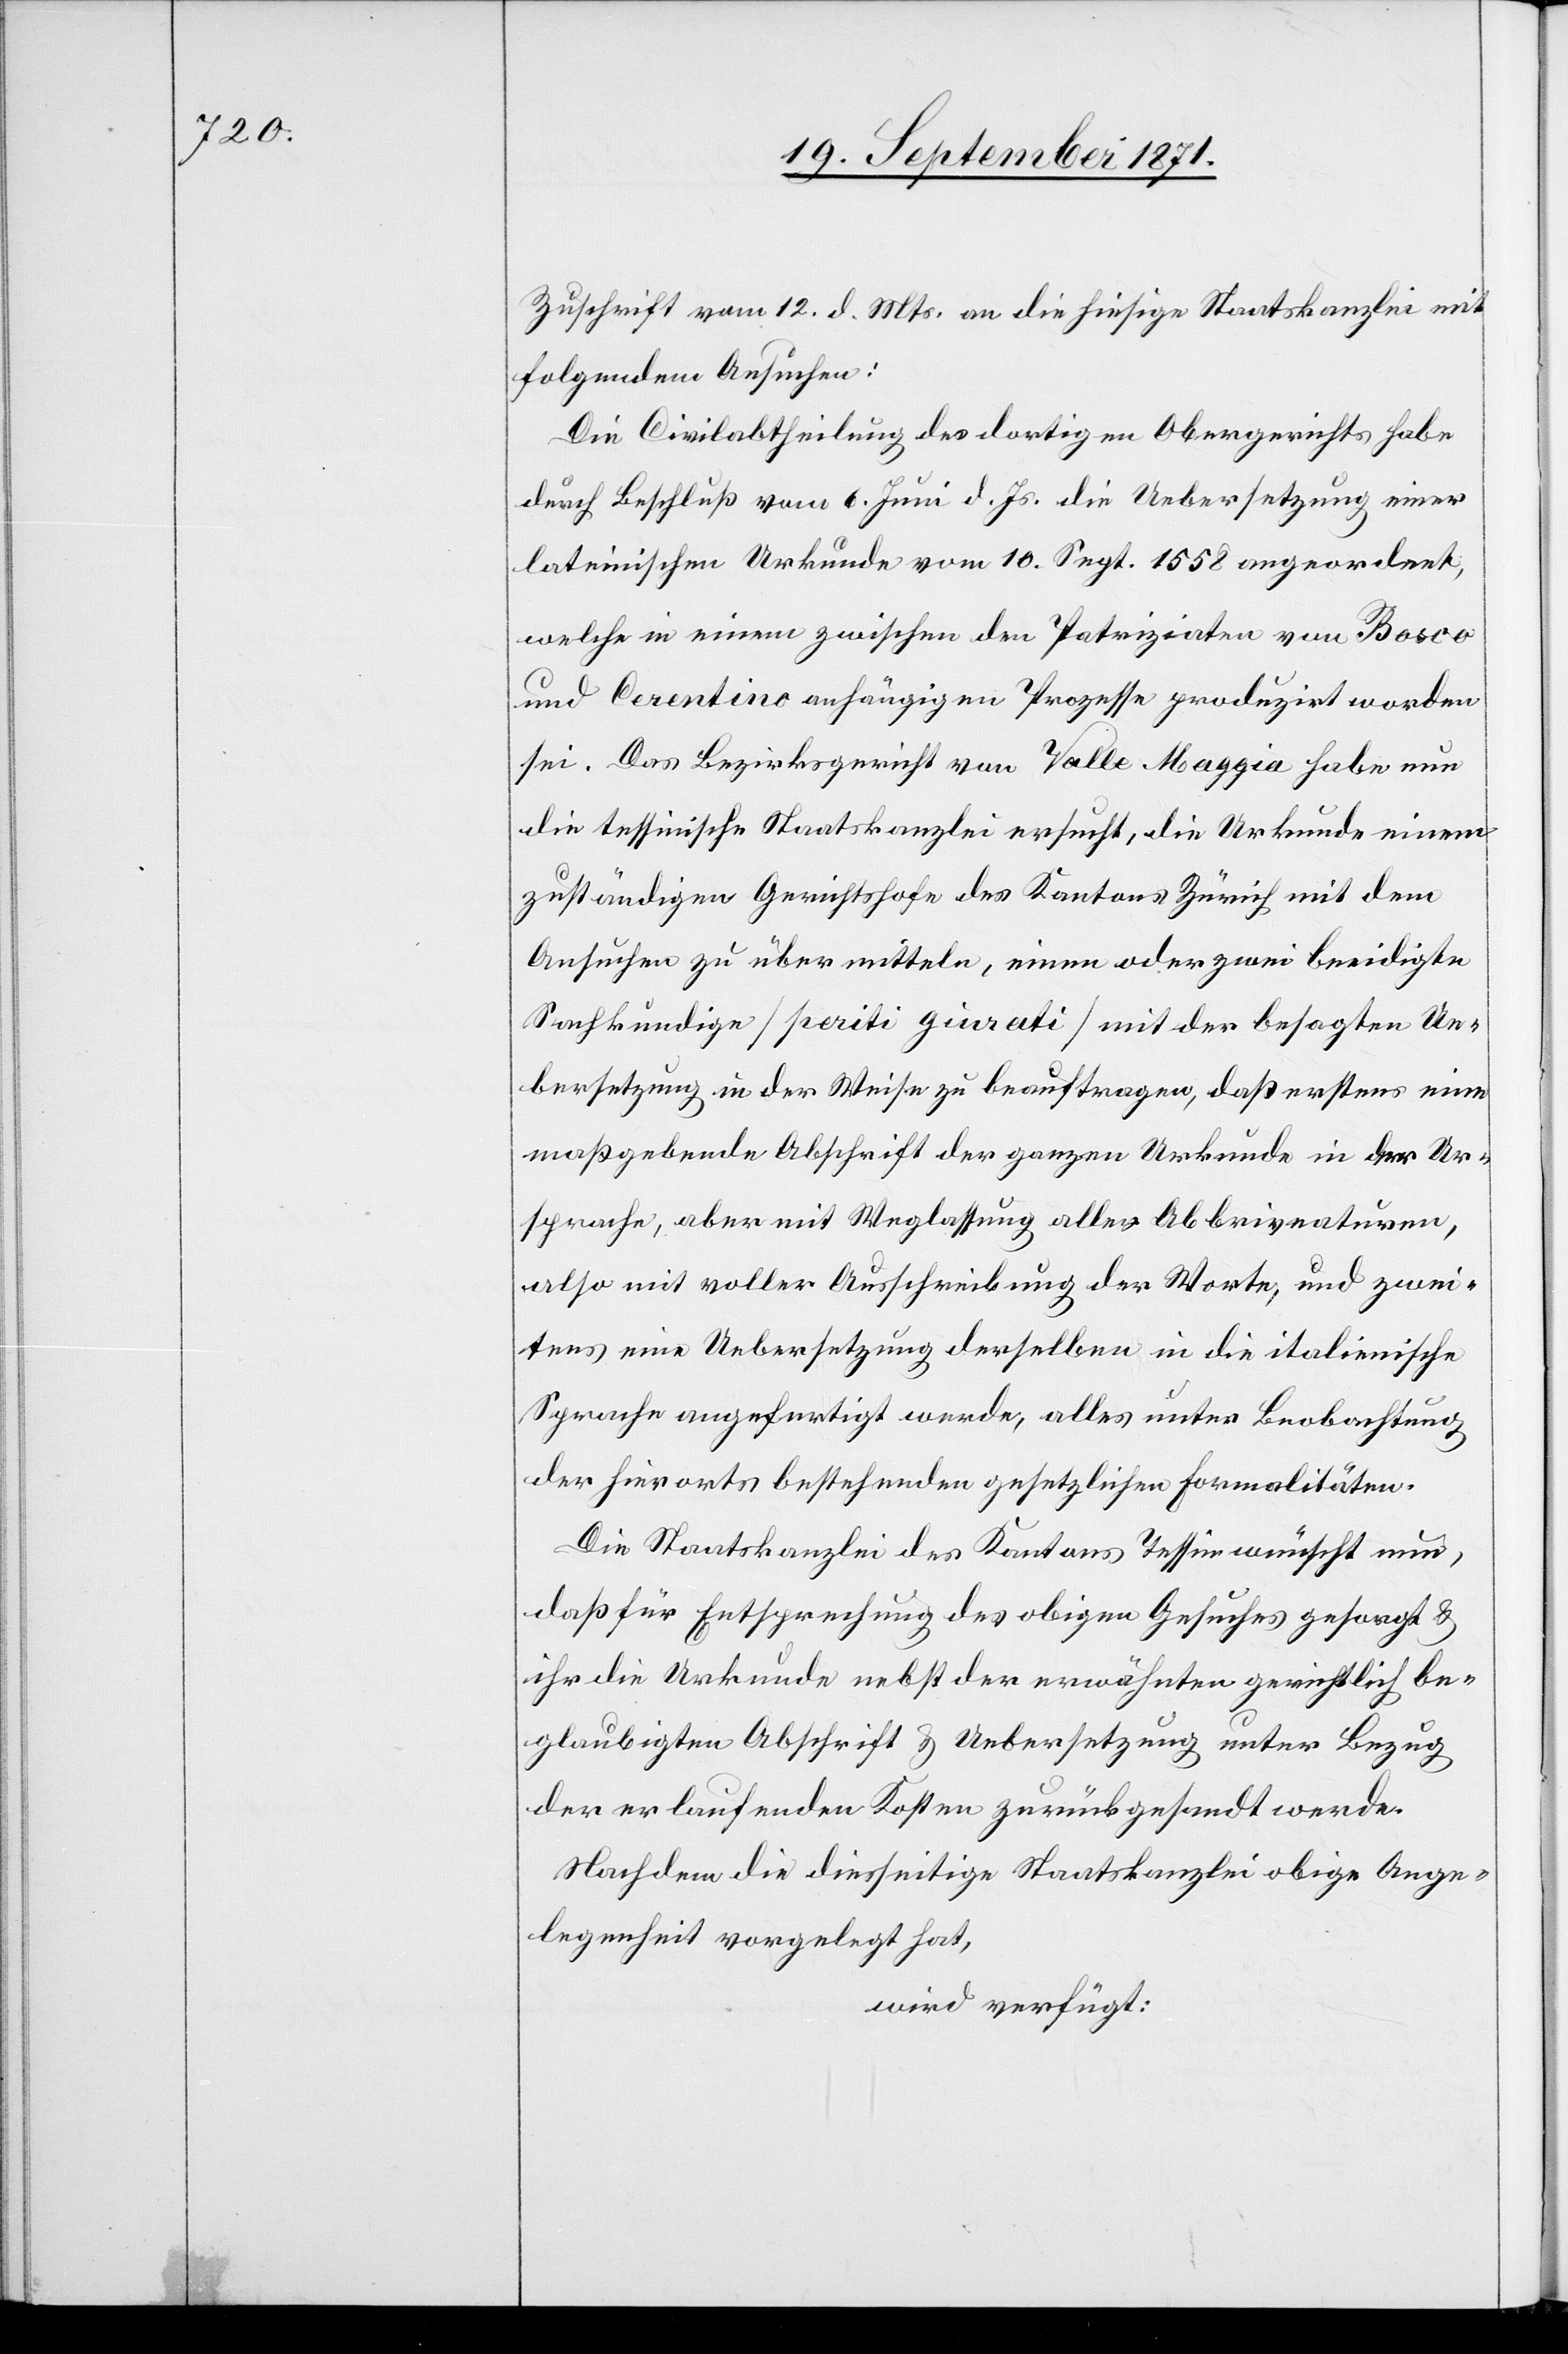
Zuschrift vom 12. d. Mts. an die hiesige Staatskanzlei mit
folgendem Ansuchen:
Die Civilabtheilung des dortigen Obergerichts habe
durch Beschluß vom 6. Juni d. Js. die Uebersetzung einer
lateinischen Urkunde vom 10. Sept. 1558 angeordnet,
welche in einem zwischen den Patriziaten von Bosco
und Cerentino anhängigen Prozesse produzirt worden
sei. Das Bezirksgericht von Valle Maggia habe nun
die tessinische Staatskanzlei ersucht, die Urkunde einem
zuständigen Gerichtshofe des Kantons Zürich mit dem
Ansuchen zu übermitteln, einen oder zwei beeidigte
Sachkundige [pariti gurati]mit der besagten Ue¬
bersetzung in der Weise zu beauftragen, daß erstens eine
maßgebende Abschrift der ganzen Urkunde in der Ort¬
sprache, aber mit Weglassung aller Abbrivationen,
also mit voller Ausschreibung der Worte, und zwei¬
tens mit Uebersetzung derselben in die italienische
Sprache angefertigt werde, alles unter Beobachtung
der hierorts bestehenden gesetzlichen Formalitäten.
Die Staatskanzlei des Kantons Tessin wünscht nun,
daß für Entsprechung des obigen Gesuches gesorgt &
ihr die Urkunde nebst der erwähnten gerichtlich be¬
glaubigten Abschrift & Uebersetzung unter Bezug
der erlaufenden Kosten zurückgesandt werde.
Nachdem die diesseitige Staatskanzlei obige Ange¬
legenheit vorgelegt hat,
wird verfügt: